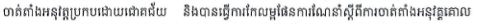
ចាត់តាំងអនុវត្តប្រកបដោយជោគជ័យ និងបានធ្វើការកែលម្អផែនការណែនាំស្តីពីការចាត់តាំងអនុវត្តគោល